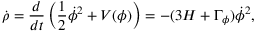
\dot { \rho } = \frac { d } { d t } \left( \frac { 1 } { 2 } \dot { \phi } ^ { 2 } + V ( \phi ) \right) = - ( 3 H + \Gamma _ { \phi } ) \dot { \phi } ^ { 2 } ,